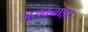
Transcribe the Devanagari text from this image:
असकवाइर